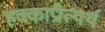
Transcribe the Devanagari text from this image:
हक्काप्रीत्यर्थ